Punjab Mental Hospital Lahore 1932-46 - 1932-1946
Year: 1932
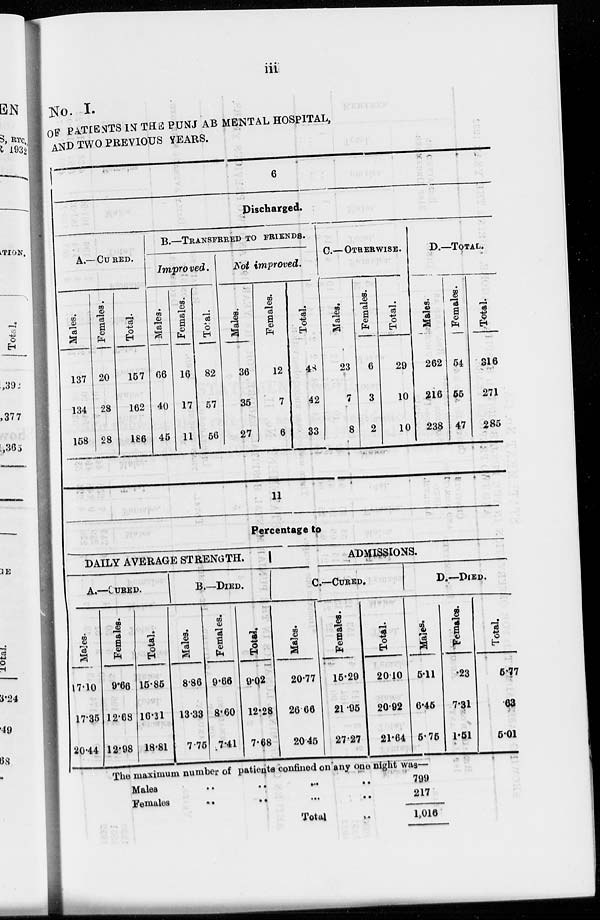
iii
No. I.
OF PATIENTS IN THE PUNJAB MENTAL HOSPITAL,
AND TWO PREVIOUS YEARS.
6
Discharged.
A.— CURED.
Males.
137
134
158
Females.
20
28
28
Total.
157
162
186
B.—TRANSFRRED TO FRIENDS.
Improved.
Males.
66
40
45
Females.
16
17
11
Total.
82
57
56
Not improved.
Males.
36
35
27
Females.
12
7
6
Total.
48
42
33
C.—OTHERWISE.
Males.
23
7
8
Females.
6
3
2
Total.
29
10
10
D.—TOTAL.
Males.
262
216
238
Females.
54
55
47
Total.
316
271
285
11
Percentage to
DAILY AVERAGE STRENGTH.
A.—CURED.
Males.
17.10
17.35
20.44
Females.
9.66
12.68
12.98
Total.
15.85
16.31
18.81
B.—.DIED.
Males.
8.86
13.33
7.75
Females.
9.66
8.60
7.41
Total.
9.02
12.28
7.68
ADMISSIONS.
C.—CURED.
Males.
20.77
26.66
20.45
Females.
15.29
21.95
27.27
Total.
20.10
20.92
21.64
D.—DIED.
Males.
5.11
6.45
5.75
Females.
.23
7.31
1.51
Total.
5.77
63
5.01
The maximum number of patients confined on any one night was—
Males .. .. .. ..
Females .. .. .. ..
Total ..
799
217
1,016